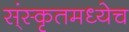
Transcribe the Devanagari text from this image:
स्ंस्कृतमध्येच